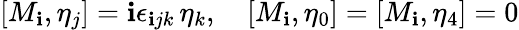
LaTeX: [M_{\mathbf{i}},\eta_{j}]=\mathbf{i}\epsilon_{\mathbf{i}jk}\, \eta_{k},\quad[M_{\mathbf{i}},\eta_{0}]=[M_{\mathbf{i}},\eta_{4}]=0